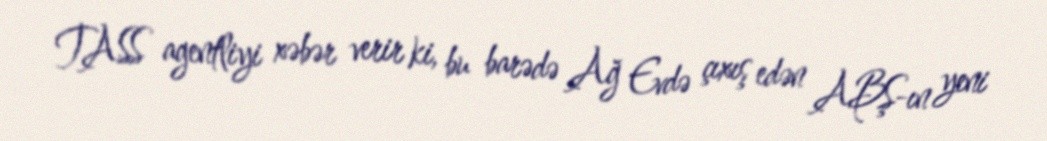
TASS agentliyi xəbər verir ki, bu barədə Ağ Evdə çıxış edən ABŞ-ın yeni